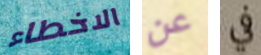
الاخطاء عن في